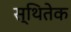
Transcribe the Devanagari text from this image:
स्थितेक